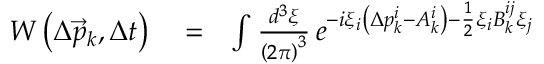
\begin{array} { r l r } { W \left( \Delta \vec { p } _ { k } , \Delta t \right) } & { { } = } & { \int \frac { d ^ { 3 } \xi } { \left( 2 \pi \right) ^ { 3 } } \, e ^ { - i \xi _ { i } \left( \Delta p _ { k } ^ { i } - A _ { k } ^ { i } \right) - \frac { 1 } { 2 } \xi _ { i } B _ { k } ^ { i j } \xi _ { j } } } \end{array}